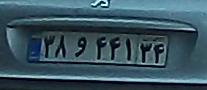
۳۸و۴۴۱۳۴